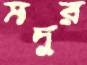
মদুর